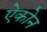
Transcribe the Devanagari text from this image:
ऐकोन